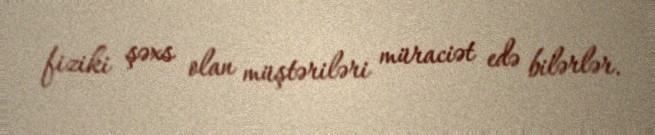
fiziki şəxs olan müştəriləri müraciət edə bilərlər.